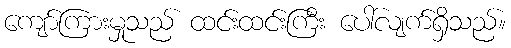
ကျော်ကြားမှုသည် ထင်းထင်းကြီး ပေါ်လျက်ရှိသည်။